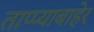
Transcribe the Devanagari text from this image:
ताप्प्याबाहेर